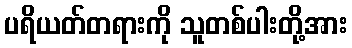
ပရိယတ်တရားကို သူတစ်ပါးတို့အား